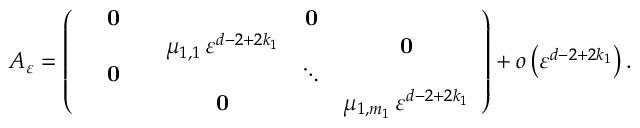
A _ { \varepsilon } = \left( \begin{array} { c c c c c c } & { \mathbf 0 } & & & { \mathbf 0 } & \\ & & & { \mu _ { 1 , 1 } \, \varepsilon ^ { d - 2 + 2 k _ { 1 } } } & & { \mathbf 0 } \\ & { \mathbf 0 } & & & { \ddots } & \\ & & & { \mathbf 0 } & & { \mu _ { 1 , m _ { 1 } } \, \varepsilon ^ { d - 2 + 2 k _ { 1 } } } \end{array} \right) + o \left( \varepsilon ^ { d - 2 + 2 k _ { 1 } } \right) .